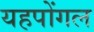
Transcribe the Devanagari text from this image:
यहपोंगल